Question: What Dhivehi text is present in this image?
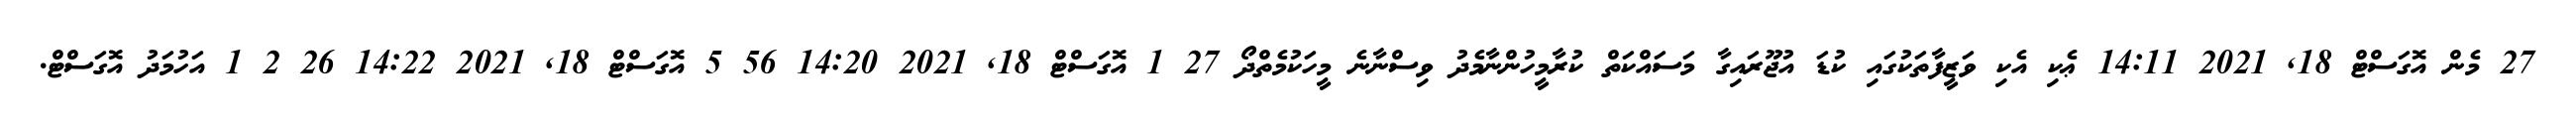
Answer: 27 މެން އޮގަސްޓް 18, 2021 14:11 ޢެކި އެކި ވަޒީފާތަކުގައި ކުޑަ އުޖޫރައިގާ މަސައްކަތް ކުރާމީހުންނާމެދު ވިސްނާނެ މީހަކުމެތްދޯ 27 1 އޮގަސްޓް 18, 2021 14:20 56 5 އޮގަސްޓް 18, 2021 14:22 26 2 1 އަހުމަދު އޮގަސްޓް.